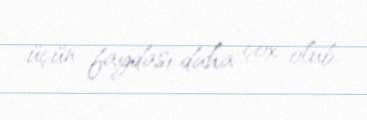
üçün faydası daha çox olub.